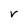
Character: V